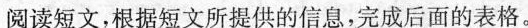
阅读短文,根据短文所提供的信息,完成后面的表格。